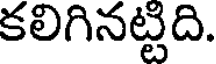
కలిగినట్టిది.